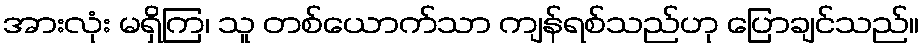
အားလုံး မရှိကြ၊ သူ တစ်ယောက်သာ ကျန်ရစ်သည်ဟု ပြောချင်သည်။